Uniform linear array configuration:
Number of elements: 8
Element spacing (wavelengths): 0.25
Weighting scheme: binomial
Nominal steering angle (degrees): -15
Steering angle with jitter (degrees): -13.536
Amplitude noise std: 0.05
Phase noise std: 0.05

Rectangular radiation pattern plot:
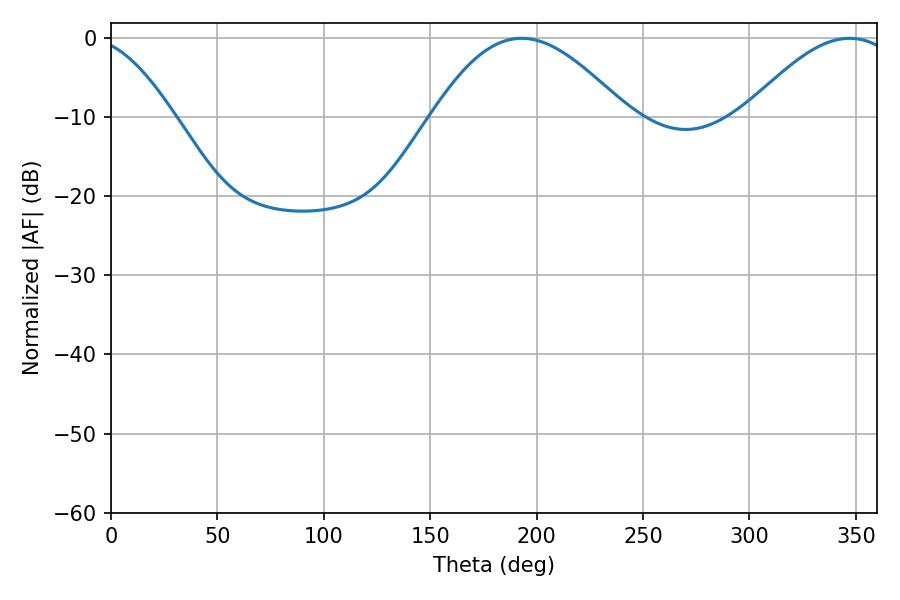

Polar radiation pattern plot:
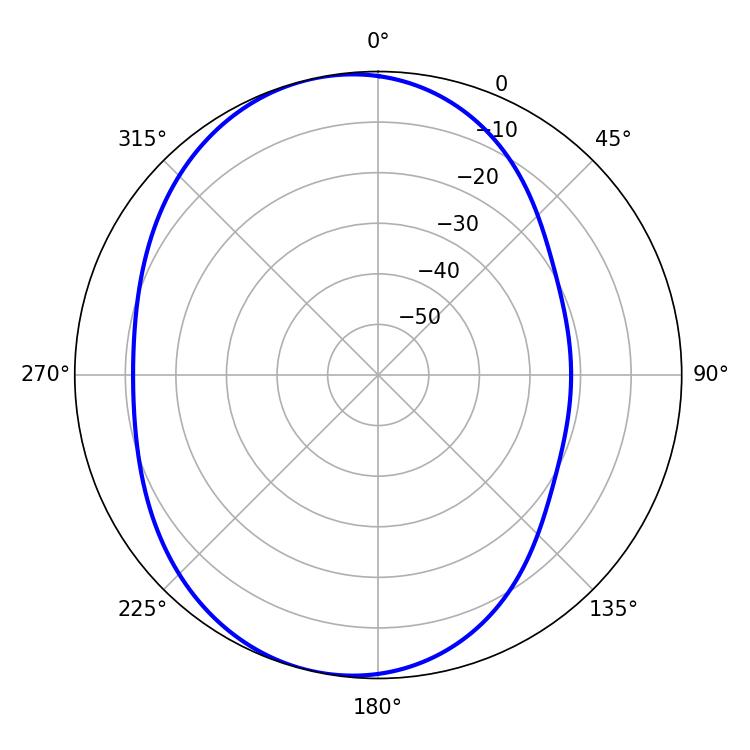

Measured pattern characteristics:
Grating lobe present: FALSE
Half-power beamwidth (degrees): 49.32
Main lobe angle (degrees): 192.96